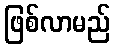
ဖြစ်လာမည်